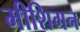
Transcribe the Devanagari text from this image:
मीशिगन